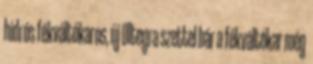
hidrós fékváltókaros, új Ultegra szettel bár a fékváltókar még